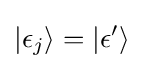
|\epsilon _{j}\rangle =|\epsilon '\rangle